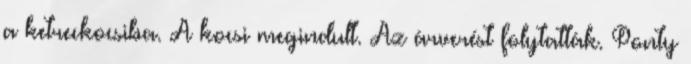
a ketreckocsiba. A kocsi megindult. Az árverést folytatták. Ponty